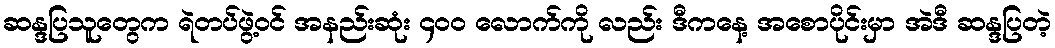
ဆန္ဒပြသူတွေက ရဲတပ်ဖွဲ့ဝင် အနည်းဆုံး ၄၀၀ လောက်ကို လည်း ဒီကနေ့ အစောပိုင်းမှာ အဲဒီ ဆန္ဒပြတဲ့